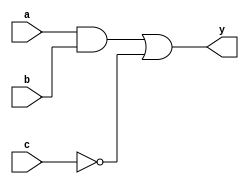
module combinational_logic (
    input wire a,        // Input signal a
    input wire b,        // Input signal b
    input wire c,        // Input signal c
    output reg y        // Output signal y
);

// Always block that triggers on changes to inputs a, b, or c
always @(*) begin
    // Continuous assignment using the = operator
    // Example combinational logic: y = (a AND b) OR (NOT c)
    y = (a & b) | (~c);
end

endmodule